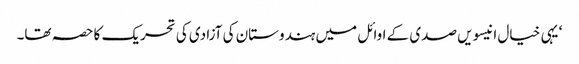
‘ یہی خیال انیسویں صدی کے اوائل میں ہندوستان کی آزادی کی تحریک کا حصہ تھا۔